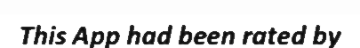
This App had been rated by